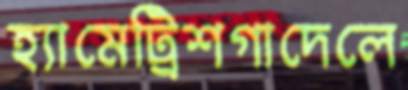
হ্যামেট্রিশগাদেলে